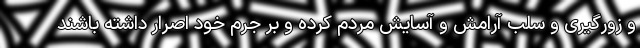
و زورگیری و سلب آرامش و آسایش مردم کرده و بر جرم خود اصرار داشته باشند